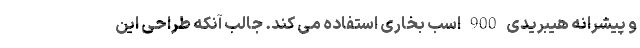
و پیشرانه هیبریدی 900 اسب بخاری استفاده می کند. جالب آنکه طراحی این